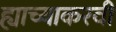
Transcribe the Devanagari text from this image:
ह्याच्याकरवी